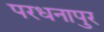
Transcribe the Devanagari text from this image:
परधनापुर